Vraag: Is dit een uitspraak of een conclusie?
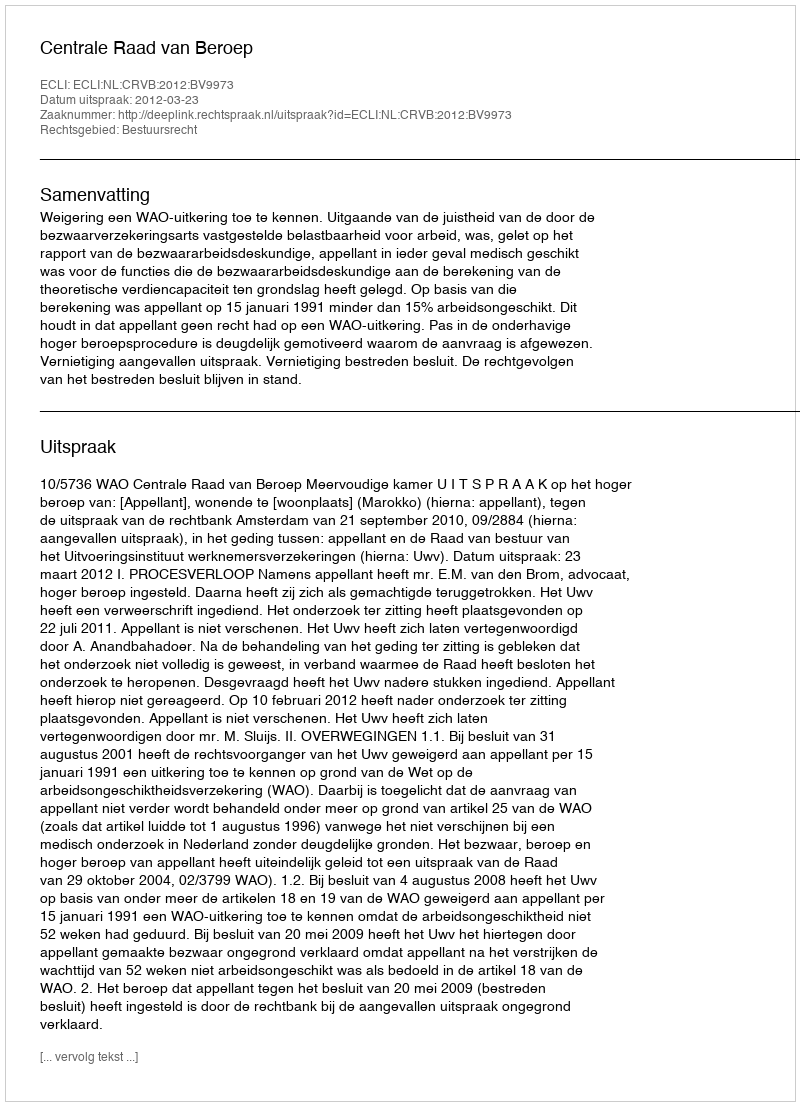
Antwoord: Uitspraak